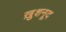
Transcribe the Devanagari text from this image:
ख़ुशनूद